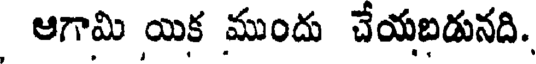
ఆగామి యిక ముందు చేయబడునది.